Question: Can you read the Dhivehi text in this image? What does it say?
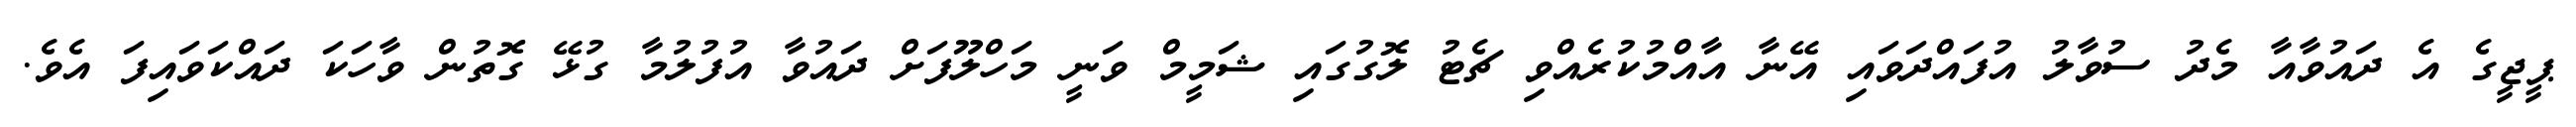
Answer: ޕީޖީގެ އެ ދައުވާއާ މެދު ސުވާލު އުފައްދަވައި އޭނާ އާއްމުކުރެއްވި ޗެޓު ލޮގުގައި ޝަމީމް ވަނީ މަހްލޫފަށް ދައުވާ އުފުލުމާ ގުޅޭ ގޮތުން ވާހަކަ ދައްކަވައިފަ އެވެ.